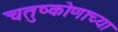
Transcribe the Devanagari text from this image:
चतुष्कोणाच्या